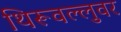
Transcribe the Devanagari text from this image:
थिरूवल्लुवर